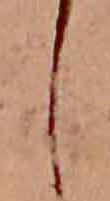
し